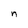
Character: n